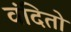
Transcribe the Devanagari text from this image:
वंदितो